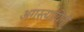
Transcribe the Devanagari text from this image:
अगस्त्यायिनी